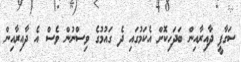
ސަގާފީ ދާއިރާއިން ބަދަހިކޮށް އެކަމުގައި ދެ ގައުމުގެ ވިސްނުން ވެސް އެ ދާއިރާއިން